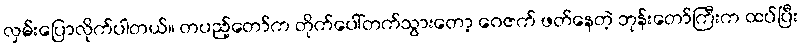
လှမ်းပြောလိုက်ပါတယ်။ တပည့်တော်က တိုက်ပေါ်တက်သွားတော့ ဂေဇက် ဖတ်နေတဲ့ ဘုန်းတော်ကြီးက ထပ်ပြီး